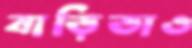
বাড়িডাও